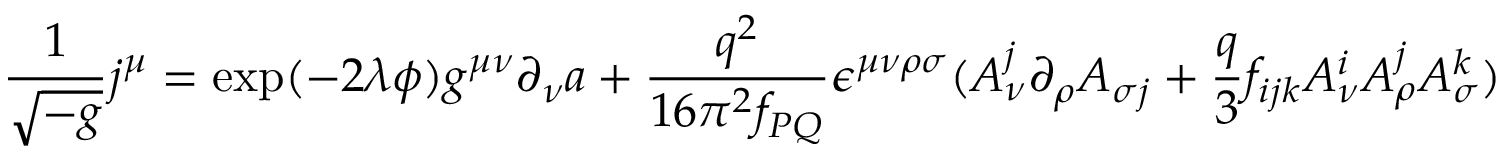
\frac { 1 } { \sqrt { - g } } j ^ { \mu } = \exp ( - 2 \lambda \phi ) g ^ { \mu \nu } \partial _ { \nu } a + \frac { q ^ { 2 } } { 1 6 \pi ^ { 2 } f _ { P Q } } \epsilon ^ { \mu \nu \rho \sigma } ( A _ { \nu } ^ { j } \partial _ { \rho } A _ { \sigma j } + \frac { q } { 3 } f _ { i j k } A _ { \nu } ^ { i } A _ { \rho } ^ { j } A _ { \sigma } ^ { k } )